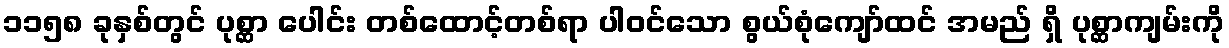
၁၁၅၈ ခုနှစ်တွင် ပုစ္ဆာ ပေါင်း တစ်ထောင့်တစ်ရာ ပါဝင်သော စွယ်စုံကျော်ထင် အမည် ရှိ ပုစ္ဆာကျမ်းကို